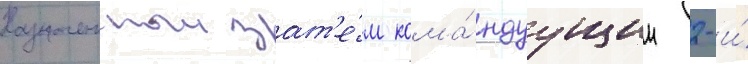
Назначенныи зат'е́м кома́ндуущим 2-и́